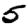
Digit: 5